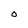
Character: O